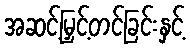
အဆင့်မြှင့်တင်ခြင်းနှင့်